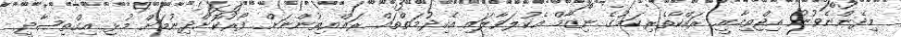
މިދެންނެވުނު އިޖްތިމާއީ ރައްކާތެރިކަމުގެ ނިޒާމް އެކުލަވާލައި އެހިދުމަތްތައް ރައްޔިތުންނަށް ފޯރުކޮށްދިނުމަށް މުޅި އިގްތިޞާދީ